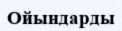
Ойындарды